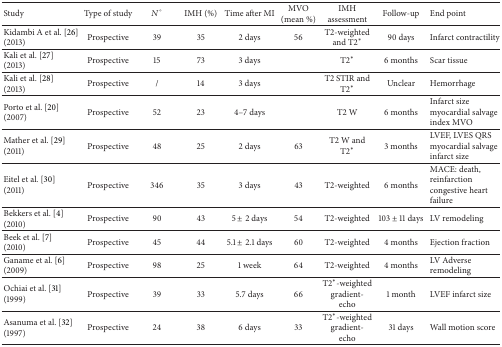
<table><thead><tr><td><b>Study</b></td><td><b>Type of study</b></td><td><b><i>N</i>°</b></td><td><b>IMH (%)</b></td><td><b>Time after MI</b></td><td><b>MVO (mean %)</b></td><td><b>IMH assessment</b></td><td><b>Follow-up</b></td><td><b>End point</b></td></tr></thead><tbody><tr><td>Kidambi A et al. [26](2013)</td><td>Prospective</td><td>39</td><td>35</td><td>2 days</td><td>56</td><td>T2-weighted and T2<sup>*</sup></td><td>90 days</td><td>Infarct contractility</td></tr><tr><td>Kali et al. [27](2013)</td><td>Prospective</td><td>15</td><td>73</td><td>3 days</td><td> </td><td>T2<sup>*</sup></td><td>6 months</td><td>Scar tissue</td></tr><tr><td>Kali et al. [28](2013)</td><td>Prospective</td><td>/</td><td>14</td><td>3 days</td><td> </td><td>T2 STIR and T2<sup>*</sup></td><td>Unclear</td><td>Hemorrhage</td></tr><tr><td>Porto et al. [20](2007)</td><td>Prospective</td><td>52</td><td>23</td><td>4–7 days</td><td> </td><td>T2 W</td><td>6 months</td><td>Infarct size myocardial salvage index MVO</td></tr><tr><td>Mather et al. [29](2011)</td><td>Prospective</td><td>48</td><td>25</td><td>2 days</td><td>63</td><td>T2 W and T2<sup>*</sup></td><td>3 months</td><td>LVEF, LVES QRS myocardial salvage infarct size</td></tr><tr><td>Eitel et al. [30](2011)</td><td>Prospective</td><td>346</td><td>35</td><td>3 days</td><td>43</td><td>T2-weighted</td><td>6 months</td><td>MACE: death, reinfarction congestive heart failure</td></tr><tr><td>Bekkers et al. [4](2010)</td><td>Prospective</td><td>90</td><td>43</td><td>5 ± 2 days</td><td>54</td><td>T2-weighted</td><td>103 ± 11 days</td><td>LV remodeling</td></tr><tr><td>Beek et al. [7](2010)</td><td>Prospective</td><td>45</td><td>44</td><td>5.1 ± 2.1 days</td><td>60</td><td>T2-weighted</td><td>4 months</td><td>Ejection fraction</td></tr><tr><td>Ganame et al. [6](2009)</td><td>Prospective</td><td>98</td><td>25</td><td>1 week</td><td>64</td><td>T2-weighted</td><td>4 months</td><td>LV Adverse remodeling </td></tr><tr><td>Ochiai et al. [31](1999)</td><td>Prospective</td><td>39</td><td>33</td><td>5.7 days</td><td>66</td><td>T2<sup>*</sup>-weighted gradient-echo</td><td>1 month</td><td>LVEF infarct size</td></tr><tr><td>Asanuma et al. [32](1997)</td><td>Prospective</td><td>24</td><td>38</td><td>6 days</td><td>33</td><td>T2<sup>*</sup>-weighted gradient-echo</td><td>31 days</td><td>Wall motion score</td></tr></tbody></table>